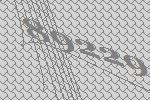
89229